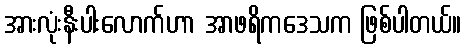
အားလုံးနီးပါးလောက်ဟာ အာဖရိကဒေသက ဖြစ်ပါတယ်။